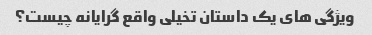
ویژگی های یک داستان تخیلی واقع گرایانه چیست؟